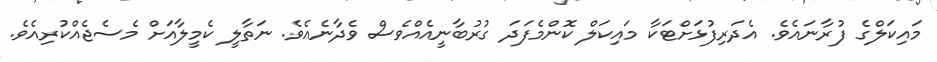
މައިކަލްގެ ފުރާނައެވެ. އެދަރިފުޅަށްޓަކާ މައިކަލް ކޮންމެފަދަ ގުރުބާނީއެއްވެސް ވެދާނެއެވެ. ނަތާލީ ކެމީލާއަށް މެސެޖެއްކުރިއެވެ.